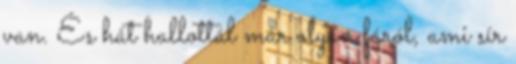
van. És hát hallottál már olyan fáról, ami sír